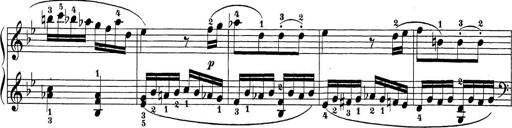
Title: Sonatina Album
Composer: Louis KÃ¶hler